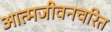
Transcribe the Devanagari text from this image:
आत्मजीवनचरित